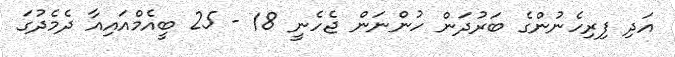
އަދި ފިރިހެނުންގެ ބަރުދަން ހުންނަން ޖެހެނީ 18 - 25 ބީއެމްއައިއާ ދެމެދުގަ